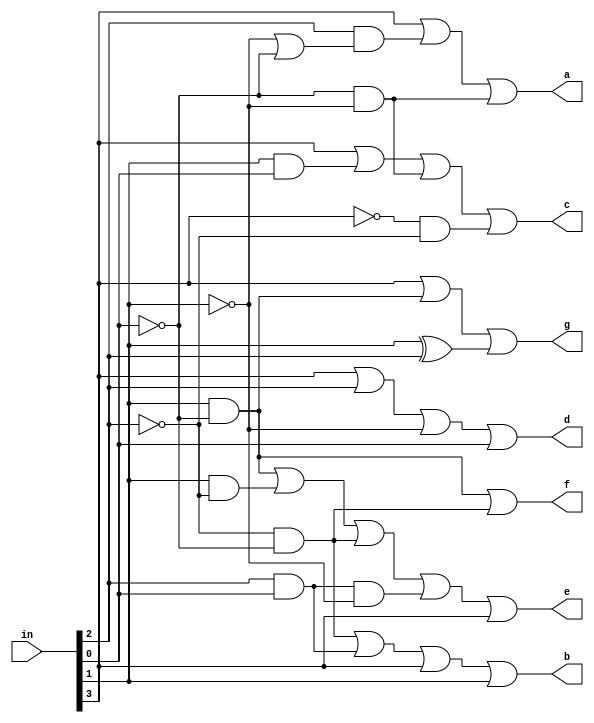
module segment_7_display(in, a, b, c, d, e, f, g);

	input [3:0]in;
	output a, b, c, d, e, f, g;
	wire a3, a2, a1, a0, a3_, a2_, a1_, a0_;
	wire t1, t2, t3, t4, t5, t6, t7, t8, t9;
	wire p,q,r,s,t,w1,w2,w3,w4;

	or(a3, in[3], 0);
	or(a2, in[2], 0);
	or(a1, in[1], 0);
	or(a0, in[0], 0);
	
	not(a0_, in[0]);
	not(a1_, in[1]);
	not(a2_, in[2]);
	not(a3_, in[3]);
	
	and(t1, a0_, a1_);
	or(t2, a1_, a0_);
	and(t3, a2, t2);
	or(a, a3, t3, t1);
	
	and(t4, a2_, a0_);
	and(t5, a2, a0);
	or(b, t4, t5, a3, a1);
	
	and(p,a1,a0_);
	and(q,a1,a2_);
	and(r,a0_,a2_);
	and(s,a0,a2,a1_);
	or(e,p,q,r,s,a3);


	or(f,p,r);

	xor(t,a1, a2);
	or(g,a3,p,t);

	or(d,a3,a2,a1_,a0);

	and(w1,a1,a0);
	and(w2,a1_,a0_);
	and(w3,a3_,a2_);
	or(c,a3,w1,w2,w3);
	
endmodule